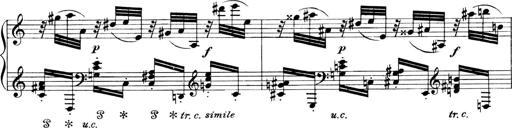
Title: 4 Sonatines
Composer: Max Reger